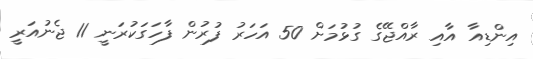
އިންޑިއާ އާއި ރާއްޖޭގެ ގުޅުމަށް 50 އަހަރު ފުރުން ފާހަގަކުރަނީ 11 ޖެނުއަރީ